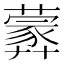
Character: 𦿢